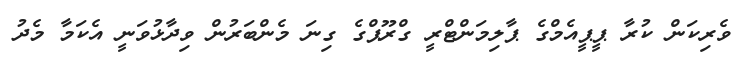
ވެރިކަން ކުރާ ޕީޕީއެމްގެ ޕާލިމަންޓްރީ ގްރޫޕްގެ ގިނަ މެންބަރުން ވިދާޅުވަނީ އެކަމާ މެދު